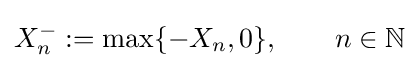
X_{n}^{-}:=\max\{-X_{n},0\},\qquad n\in {\mathbb {N} }